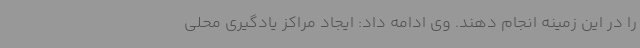
را در این زمینه انجام دهند. وی ادامه داد: ایجاد مراکز یادگیری محلی